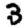
Digit: 3